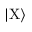
| \mathrm { X } \rangle